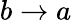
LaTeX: b\rightarrow a